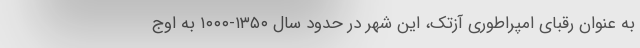
به عنوان رقبای امپراطوری آزتک، این شهر در حدود سال ۱۳۵۰-۱۰۰۰ به اوج